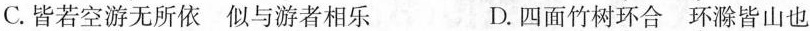
C.皆若空\underset{·}{游}无所依 似与\underset{·}{游}者相乐 D.四面竹树\underset{·}{环}合 \underset{·}{环}滁皆山也